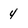
Character: 4